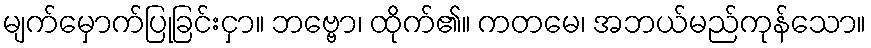
မျက်မှောက်ပြုခြင်းငှာ။ ဘဗ္ဗော၊ ထိုက်၏။ ကတမေ၊ အဘယ်မည်ကုန်သော။